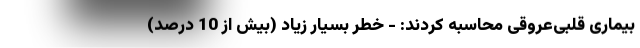
بیماری قلبی‌عروقی محاسبه کردند: - خطر بسیار زیاد (بیش از 10 درصد)